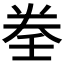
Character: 𡔨